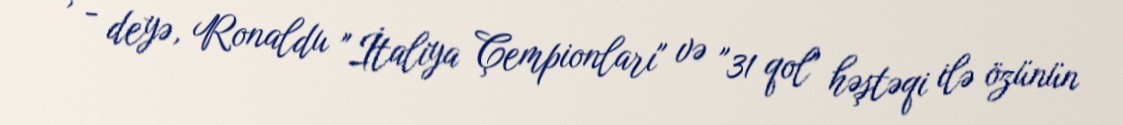
, - deyə, Ronaldu "İtaliya Çempionları" və "31 qol" həştəqi ilə özünün